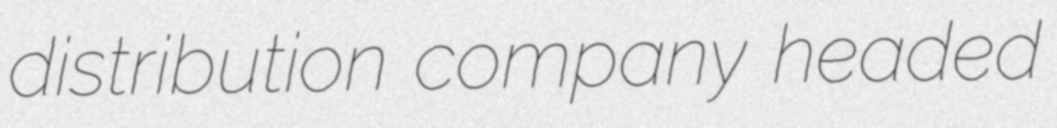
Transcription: distribution company headed